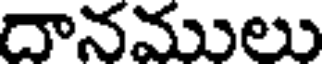
దానములు